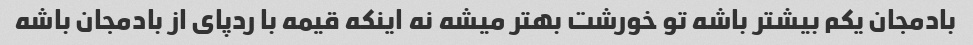
بادمجان یکم بیشتر باشه تو خورشت بهتر میشه نه اینکه قیمه با ردپای از بادمجان باشه